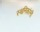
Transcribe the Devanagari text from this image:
स्थनिकांनी